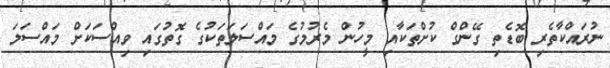
ނުރައްކާތެރި ބޮޑެތި ގޭންގް ކުށްތަކާއި މީހުން މެރުމުގެ މައްސަލަތަކުގެ ގޮތުގައި ވިއްސަކަށް މައްސަލަ